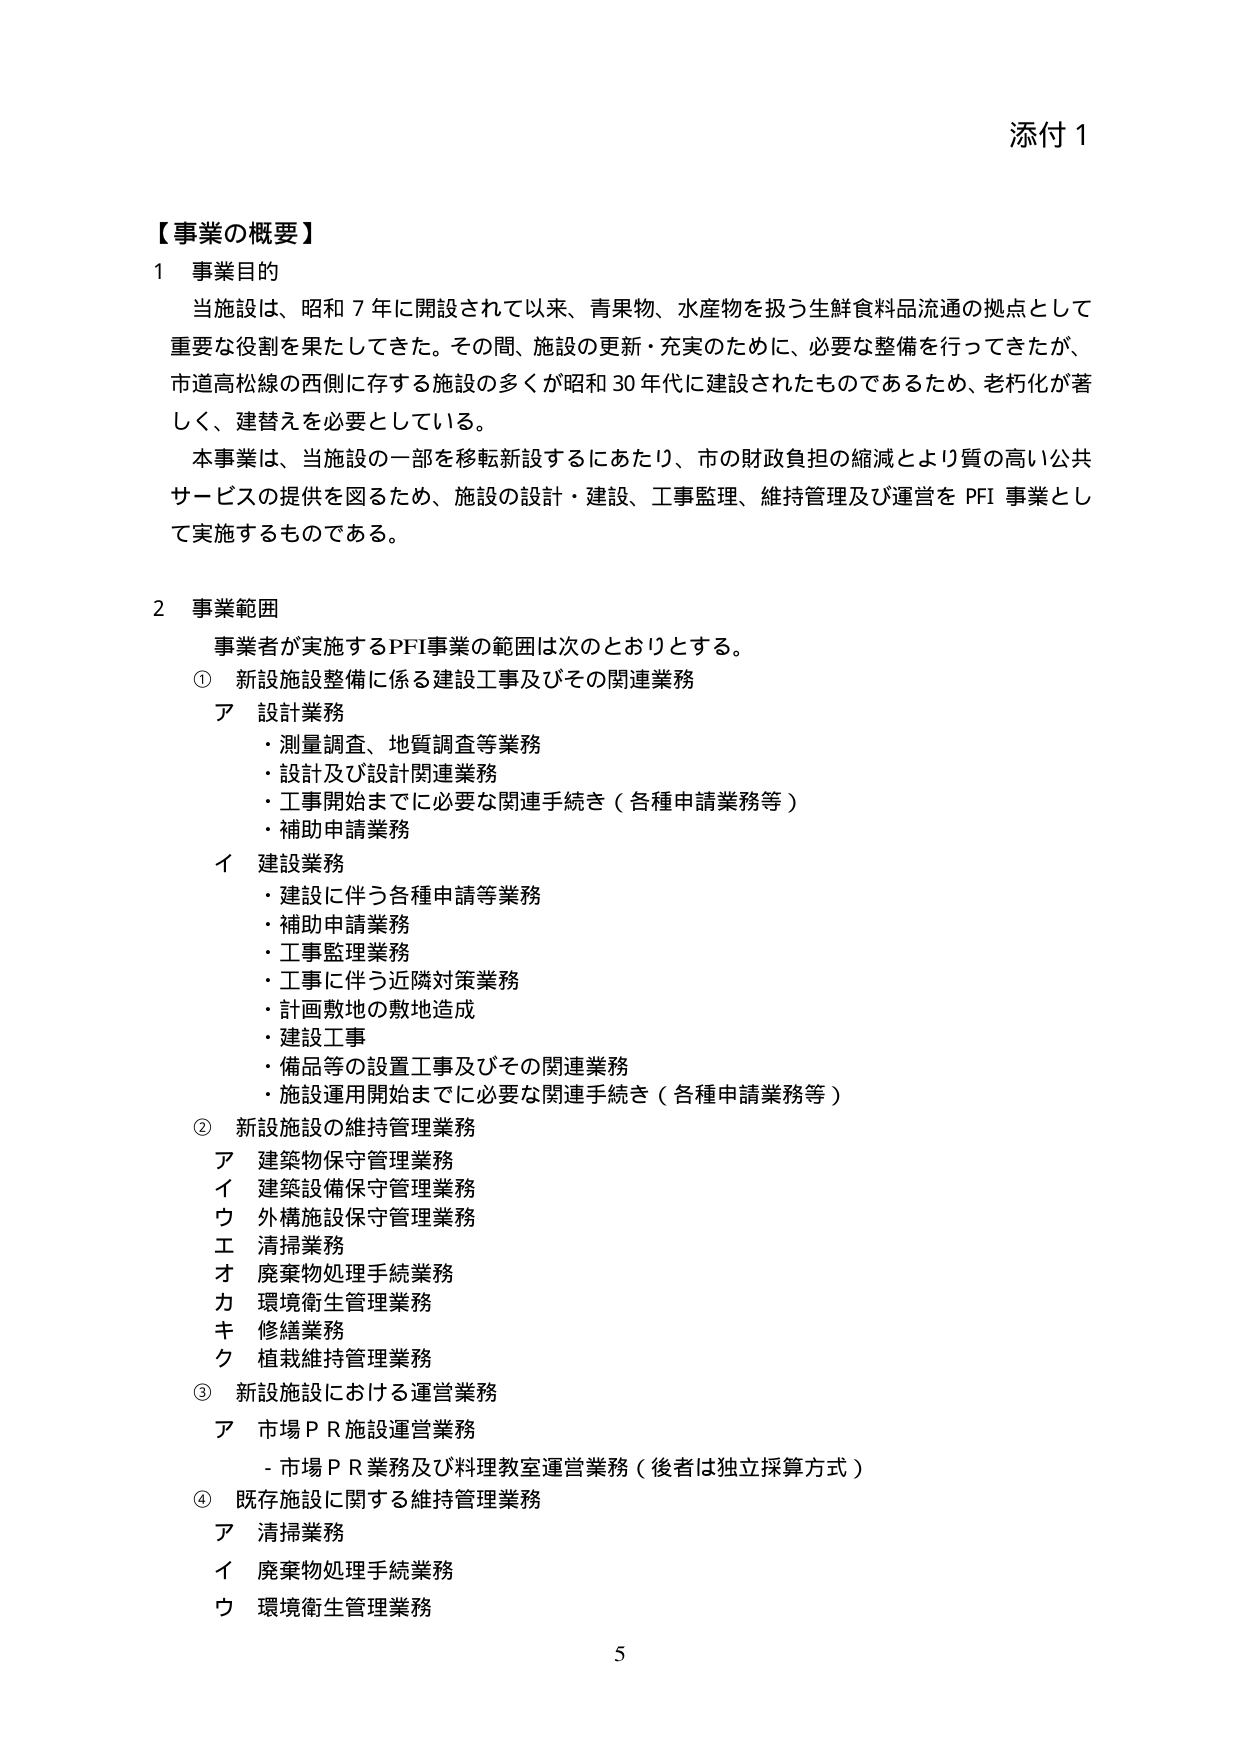
添付１

【事業の概要】

１ 事業目的
当施設は、昭和７年に開設されて以来、青果物、水産物を扱う生鮮食料品流通の拠点として重要な役割を果たしてきた。その間、施設の更新・充実のために、必要な整備を行ってきたが、市道高松線の西側に存する施設の多くが昭和30年代に建設されたものであるため、老朽化が著しく、建替えを必要としている。
本事業は、当施設の一部を移転新設するにあたり、市の財政負担の縮減とより質の高い公共サービスの提供を図るため、施設の設計・建設、工事監理、維持管理及び運営をPFI事業として実施するものである。

２ 事業範囲
事業者が実施するPFI事業の範囲は次のとおりとする。
① 新設施設整備に係る建設工事及びその関連業務
　ア 設計業務
　　・測量調査、地質調査等業務
　　・設計及び設計関連業務
　　・工事開始までに必要な関連手続き（各種申請業務等）
　　・補助申請業務
　イ 建設業務
　　・建設に伴う各種申請等業務
　　・補助申請業務
　　・工事監理業務
　　・工事に伴う近隣対策業務
　　・計画敷地の敷地造成
　　・建設工事
　　・備品等の設置工事及びその関連業務
　　・施設運用開始までに必要な関連手続き（各種申請業務等）
② 新設施設の維持管理業務
　ア 建築物保守管理業務
　イ 建築設備保守管理業務
　ウ 外構施設保守管理業務
　エ 清掃業務
　オ 廃棄物処理手続業務
　カ 環境衛生管理業務
　キ 修繕業務
　ク 植栽維持管理業務
③ 新設施設における運営業務
　ア 市場ＰＲ施設運営業務
　　- 市場ＰＲ業務及び料理教室運営業務（後者は独立採算方式）
④ 既存施設に関する維持管理業務
　ア 清掃業務
　イ 廃棄物処理手続業務
　ウ 環境衛生管理業務

5